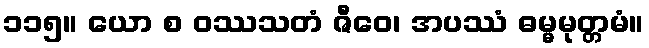
၁၁၅။ ယော စ ဝဿသတံ ဇီဝေ၊ အပဿံ ဓမ္မမုတ္တမံ။